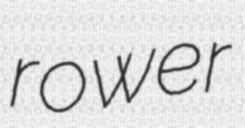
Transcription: rower